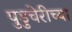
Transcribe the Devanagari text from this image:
पुडुचेरीच्या